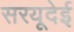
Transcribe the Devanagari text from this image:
सरयूदेई